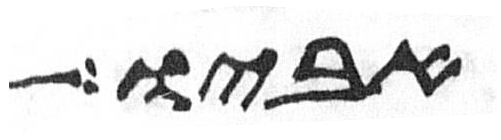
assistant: אביו